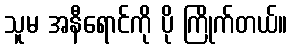
သူမ အနီရောင်ကို ပို ကြိုက်တယ်။